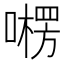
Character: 㘄